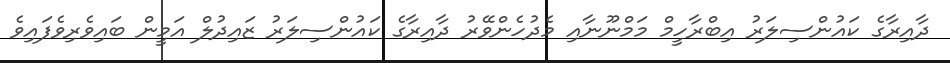
ދާއިރާގެ ކައުންސިލަރު އިބްރާހީމް މަމްނޫނާއި މެދުހެންވޭރު ދާއިރާގެ ކައުންސިލަރު ޒައިދުލް އަމީން ބައިވެރިވެފައިވެ